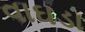
વાઘડા